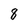
Character: 8